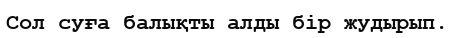
Сол суға балықты алды бір жудырып.